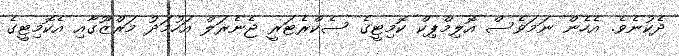
ދެކުނެވެ. އެހެން ނަމަވެސް އޮލިމްޕިކް ކޮމިޓީގެ ސެކްރެޓަރީ ޖެނެރަލް އަހުމަދު މަރްޒޫގާއި އެކޮމިޓީގެ